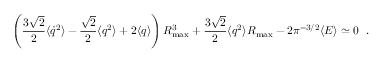
\left( { \frac { 3 \sqrt { 2 } } { 2 } } \langle \dot { q } ^ { 2 } \rangle - { \frac { \sqrt { 2 } } { 2 } } \langle q ^ { 2 } \rangle + 2 \langle q \rangle \right) R _ { \mathrm { m a x } } ^ { 3 } + { \frac { 3 \sqrt { 2 } } { 2 } } \langle q ^ { 2 } \rangle R _ { \mathrm { m a x } } - 2 \pi ^ { - 3 / 2 } \langle E \rangle \simeq 0 ~ ~ .